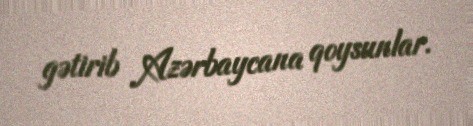
gətirib Azərbaycana qoysunlar.